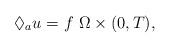
LaTeX: \begin{align*}\lozenge_{a}u = f~\Omega\times(0,T),\end{align*}